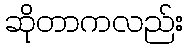
ဆိုတာကလည်း